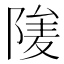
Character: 𨺮